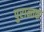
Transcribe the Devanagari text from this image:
पुरान्तकं